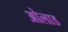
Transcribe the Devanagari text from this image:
ओलाड